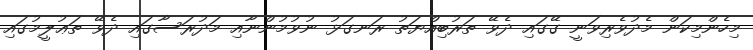
މިހެންމިކަން މެދުވެރިވަނީ ގޭގައި ދެވޭ ތަރުބިއްޔަތު ރަނގަޅު ނުވުމުންނާއި މަދުރަސާގައި ދެވޭ ތަޢުލީމުގައި